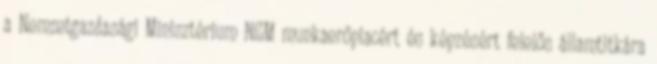
a Nemzetgazdasági Minisztérium NGM munkaerőpiacért és képzésért felelős államtitkára